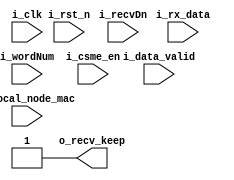
/*******************************************************************************
File name   :addrcheck.v
Function    :judge the MAC address,it is support unicast,Broadcast,and Multicast.
Author      :tongqing
Version     :V1.0
*******************************************************************************/	
module addrcheck_B
(input wire i_clk,
 input wire i_rst_n, 
 input wire [15:0] i_rx_data,
 input wire [9:0] i_wordNum,
 input wire i_recvDn,
 input wire i_data_valid,
 input wire i_csme_en,
 output wire o_recv_keep,
// input wire i_main_clock_lost,
// input wire i_main_clock_state,
// input wire i_start_en
input wire [47:0]i_local_node_mac
);

wire [47:0] frt_mac_n;
wire [47:0] frt_mac;
reg MulticastOK_FRT;

reg main_clock_state_dly;
reg start_en_dly;
//assign o_recv_keep = (i_wordNum < 10'h4) ? 1'b1 : (i_csme_en ? ((dst_mac == frt_mac) ? 1'b0 : 1'b1) : ((dst_mac == frt_mac_n) || (dst_mac == 48'hffffffffffff)? 1'b1 : 1'b0 ));
//assign frt_mac_n = 48'h01005e000182;	
//assign frt_mac = 48'h01005e000181;
assign o_recv_keep = 1'b1;//(i_wordNum < 10'h4)? 1'b1 : ( (dst_mac == i_local_node_mac) || (dst_mac == frt_mac) || (dst_mac == frt_mac_n )|| (dst_mac == 48'hffffffffffff)? 1'b1 : 1'b0 );
//assign frt_mac = (!i_csme_en || i_main_clock_lost)? 48'h01005e000181 : 48'h01005e000182;

//always @ (posedge i_clk , negedge i_rst_n)
//begin
//   if (!i_rst_n)
//   begin	
//		main_clock_state_dly <= 1'b0;
//		start_en_dly			<= 1'b0;
//	end
//	else
//	begin
//		main_clock_state_dly <= i_main_clock_state;
//		start_en_dly			<= i_start_en;
//	end
//end
//
//always @ (posedge i_clk , negedge i_rst_n)
//begin
//   if (!i_rst_n)
//		frt_mac <= 48'h01005e000181;
//	else if(i_start_en && !start_en_dly)
//		frt_mac <= 48'hffffffffffff;
//	else if(i_main_clock_lost && !i_main_clock_state)
//		frt_mac <= 48'h01005e000181;
//	else if(!i_main_clock_state && main_clock_state_dly)
//		frt_mac <= 48'h01005e000181;
//	else if(i_main_clock_state && !main_clock_state_dly)
//		frt_mac <= 48'hffffffffffff;
//end

/************************************************
				FRT
judge if the package's MAC address is Multicast 
**************************************************/
//always @ (posedge i_clk , negedge i_rst_n)
//begin
//    if (!i_rst_n)
//    begin
//        MulticastOK_FRT <= 1'b0;
//    end
//    else if ((i_wordNum == 10'h1) && i_data_valid )
//    begin 
//        MulticastOK_FRT <= (i_rx_data == frt_mac[47:32]);
//    end
//	    else if ((i_wordNum == 10'h2) && i_data_valid )
//    begin
//        MulticastOK_FRT <= (i_rx_data == frt_mac[31:16]) && MulticastOK_FRT;
//    end
//    else if ((i_wordNum == 10'h3) && i_data_valid )
//    begin
//        MulticastOK_FRT <= (i_rx_data == frt_mac[15:0]) && MulticastOK_FRT;
//    end
//    else if (i_recvDn)
//    begin
//        MulticastOK_FRT <= 1'b0;
//    end
//end
//
//endmodule


//
reg [47:0]dst_mac;
always @ (posedge i_clk , negedge i_rst_n)
begin
    if (!i_rst_n)
    begin
        dst_mac <= 48'b0;
    end
    else if ((i_wordNum == 10'h1) && i_data_valid )
    begin 
        dst_mac[47:32] <= i_rx_data ;
    end
	    else if ((i_wordNum == 10'h2) && i_data_valid )
    begin
        dst_mac[31:16] <= i_rx_data ;
    end
    else if ((i_wordNum == 10'h3) && i_data_valid )
    begin
        dst_mac[15:0] <= i_rx_data ;
    end

end

endmodule